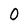
Character: O